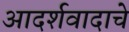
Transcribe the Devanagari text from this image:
आदर्शवादाचे